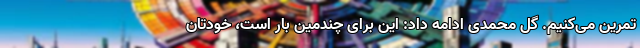
تمرین می‌کنیم. گل محمدی ادامه داد: این برای چندمین بار است، خودتان